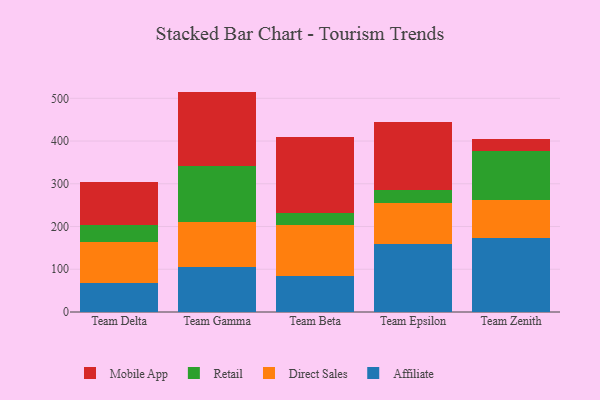
{"axis": {"x": "Team", "y": "Conversion Rate (%)"}, "legend": ["Affiliate", "Direct Sales", "Mobile App", "Retail"], "data": [{"x": "Team Delta", "y": 67.7, "type": "Affiliate"}, {"x": "Team Delta", "y": 95.6, "type": "Direct Sales"}, {"x": "Team Delta", "y": 39.3, "type": "Retail"}, {"x": "Team Delta", "y": 102.3, "type": "Mobile App"}, {"x": "Team Gamma", "y": 104.8, "type": "Affiliate"}, {"x": "Team Gamma", "y": 105.4, "type": "Direct Sales"}, {"x": "Team Gamma", "y": 132.1, "type": "Retail"}, {"x": "Team Gamma", "y": 173.4, "type": "Mobile App"}, {"x": "Team Beta", "y": 83.4, "type": "Affiliate"}, {"x": "Team Beta", "y": 121.1, "type": "Direct Sales"}, {"x": "Team Beta", "y": 26.1, "type": "Retail"}, {"x": "Team Beta", "y": 178.2, "type": "Mobile App"}, {"x": "Team Epsilon", "y": 160.2, "type": "Affiliate"}, {"x": "Team Epsilon", "y": 96.0, "type": "Direct Sales"}, {"x": "Team Epsilon", "y": 29.4, "type": "Retail"}, {"x": "Team Epsilon", "y": 158.7, "type": "Mobile App"}, {"x": "Team Zenith", "y": 172.0, "type": "Affiliate"}, {"x": "Team Zenith", "y": 89.0, "type": "Direct Sales"}, {"x": "Team Zenith", "y": 116.7, "type": "Retail"}, {"x": "Team Zenith", "y": 26.0, "type": "Mobile App"}]}